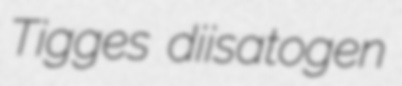
Tigges diisatogen